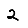
Digit: 2